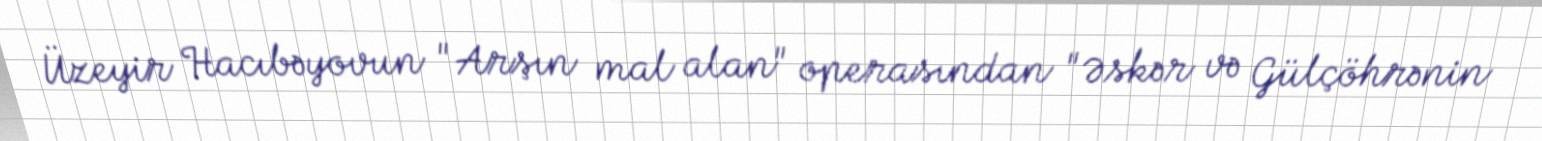
Üzeyir Hacıbəyovun "Arşın mal alan" operasından "Əskər və Gülçöhrənin